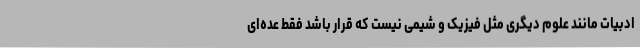
ادبیات مانند علوم دیگری مثل فیزیک و شیمی نیست که قرار باشد فقط عده‌ای